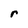
Character: r